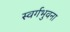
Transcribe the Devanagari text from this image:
स्वर्गभुवना